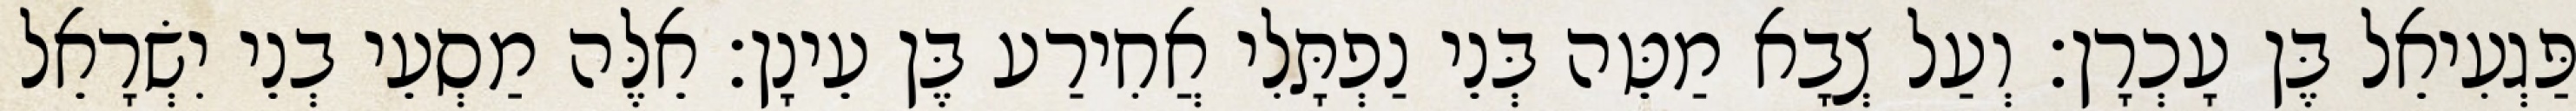
פַּגְעִיאֵל בֶּן עָכְרָן׃ וְעַל צְבָא מַטֵּה בְּנֵי נַפְתָּלִי אֲחִירַע בֶּן עֵינָן׃ אֵלֶּה מַסְעֵי בְנֵי יִשְׂרָאֵל